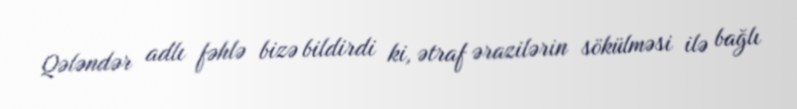
Qələndər adlı fəhlə bizə bildirdi ki, ətraf ərazilərin sökülməsi ilə bağlı